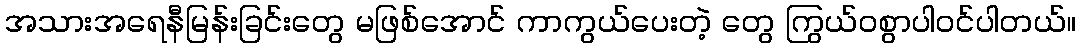
အသားအရေနီမြန်းခြင်းတွေ မဖြစ်အောင် ကာကွယ်ပေးတဲ့ တွေ ကြွယ်ဝစွာပါဝင်ပါတယ်။